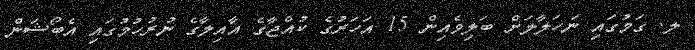
ލ. ގަމުގައި ނަހަލާލަށް ބަލިވެއިން 15 އަހަރުގެ ކުއްޖާގެ އާއިލާގެ ނުރުހުމުގައި އެބޯޝަން